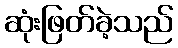
ဆုံးဖြတ်ခဲ့သည်